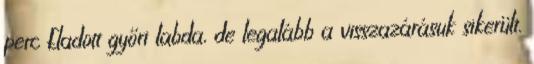
perc Eladott győri labda, de legalább a visszazárásuk sikerült.